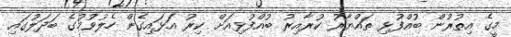
މީގެ އިތުރުން ބުއްފުޅި ތައްޔާރު ކުރާއިރު ބުއްފުޅިއަށް ކިރު އަޅައިގެން ހެލުވުމުގެ ބަދަލުގައި